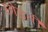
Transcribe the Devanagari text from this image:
छोड़तीं